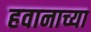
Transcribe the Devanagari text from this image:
हवानाच्या